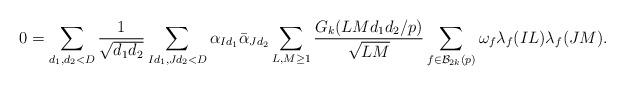
LaTeX: \begin{align*} 0=\sum_{d_1,d_2<D}\frac{1}{\sqrt{d_1d_2}} \sum_{Id_1, Jd_2<D}\alpha_{Id_1}\bar{\alpha}_{Jd_2}\sum_{L, M\geq 1}\frac{G_k(LMd_1d_2\slash p)}{\sqrt{LM}} \sum_{f\in \mathcal{B}_{2k}(p)}\omega_f\lambda_f(IL)\lambda_f(JM). \end{align*}